Indian journal of veterinary science and animal husbandry - Volume 6,
Year: 1936
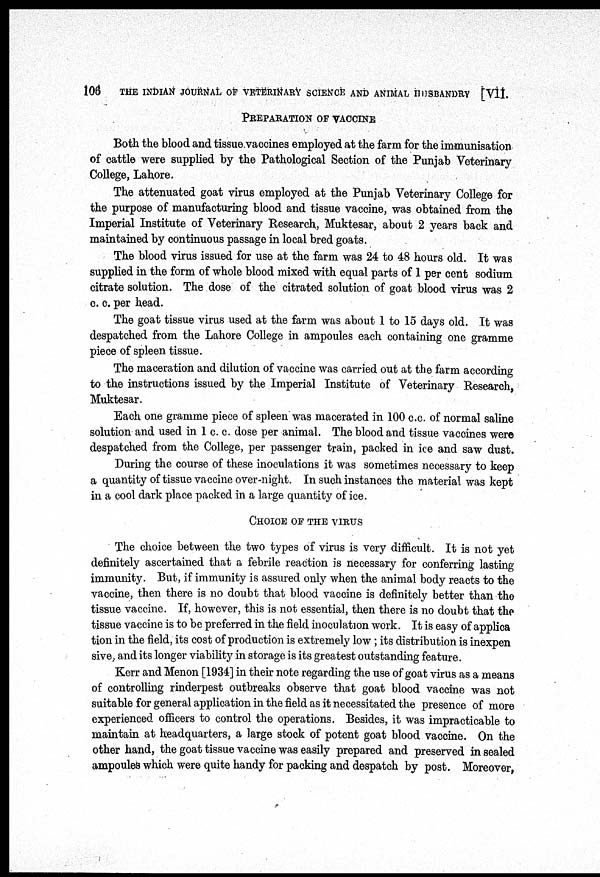
106
THE INDIAN JOURNAL OF VETERINARY SCIENCE AND ANIMAL HUSBANDRY [VII.
PREPARATION OF VACCINE
Both the blood and tissue vaccines employed at the farm for the immunisation
of cattle were supplied by the Pathological Section of the Punjab Veterinary
College, Lahore.
The attenuated goat virus employed at the Punjab Veterinary College for
the purpose of manufacturing blood and tissue vaccine, was obtained from the
Imperial Institute of Veterinary Research, Muktesar, about 2 years back and
maintained by continuous passage in local bred goats.
The blood virus issued for use at the farm was 24 to 48 hours old. It was
supplied in the form of whole blood mixed with equal parts of 1 per cent sodium
citrate solution. The dose of the citrated solution of goat blood virus was 2
c. c. per head.
The goat tissue virus used at the farm was about 1 to 15 days old. It was
despatched from the Lahore College in ampoules each containing one gramme
piece of spleen tissue.
The maceration and dilution of vaccine was carried out at the farm according
to the instructions issued by the Imperial Institute of Veterinary Research,
Muktesar.
Each one gramme piece of spleen was macerated in 100 c.c. of normal saline
solution and used in 1 c. c. dose per animal. The blood and tissue vaccines were
despatched from the College, per passenger train, packed in ice and saw dust.
During the course of these inoculations it was sometimes necessary to keep
a quantity of tissue vaccine over-night. In such instances the material was kept
in a cool dark place packed in a large quantity of ice.
CHOICE OF THE VIRUS
The choice between the two types of virus is very difficult. It is not yet
definitely ascertained that a febrile reaction is necessary for conferring lasting
immunity. But, if immunity is assured only when the animal body reacts to the
vaccine, then there is no doubt that blood vaccine is definitely better than the
tissue vaccine. If, however, this is not essential, then there is no doubt that the
tissue vaccine is to be preferred in the field inoculation work. It is easy of applica
tion in the field, its cost of production is extremely low ; its distribution is inexpen
sive, and its longer viability in storage is its greatest outstanding feature.
Kerr and Menon [1934] in their note regarding the use of goat virus as a means
of controlling rinderpest outbreaks observe that goat blood vaccine was not
suitable for general application in the field as it necessitated the presence of more
experienced officers to control the operations. Besides, it was impracticable to
maintain at headquarters, a large stock of potent goat blood vaccine. On the
other hand, the goat tissue vaccine was easily prepared and preserved in sealed
ampoules which were quite handy for packing and despatch by post. Moreover,